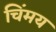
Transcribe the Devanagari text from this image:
चिंमय